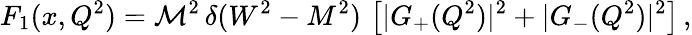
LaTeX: F_{1}(x,Q^{2})=\mathcal{M}^{2}\, \delta(W^{2}-M^{2})\, \left[|G_{+}(Q^{2})|^{2}+|G_{-}(Q^{2})|^{2}\right]\, ,